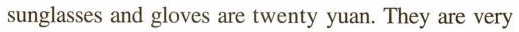
sunglasses and gloves are twenty yuan. They are very